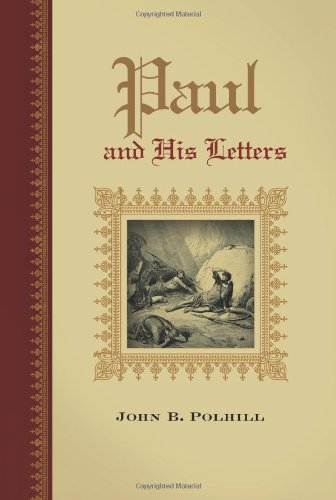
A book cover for Paul and His Letters; John B. Polhill; Christian Books & Bibles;